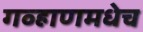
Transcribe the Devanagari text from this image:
गव्हाणमधेच